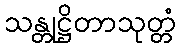
သန္တုဋ္ဌိတာသုတ္တံ